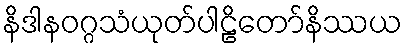
နိဒါနဝဂ္ဂသံယုတ်ပါဠိတော်နိဿယ